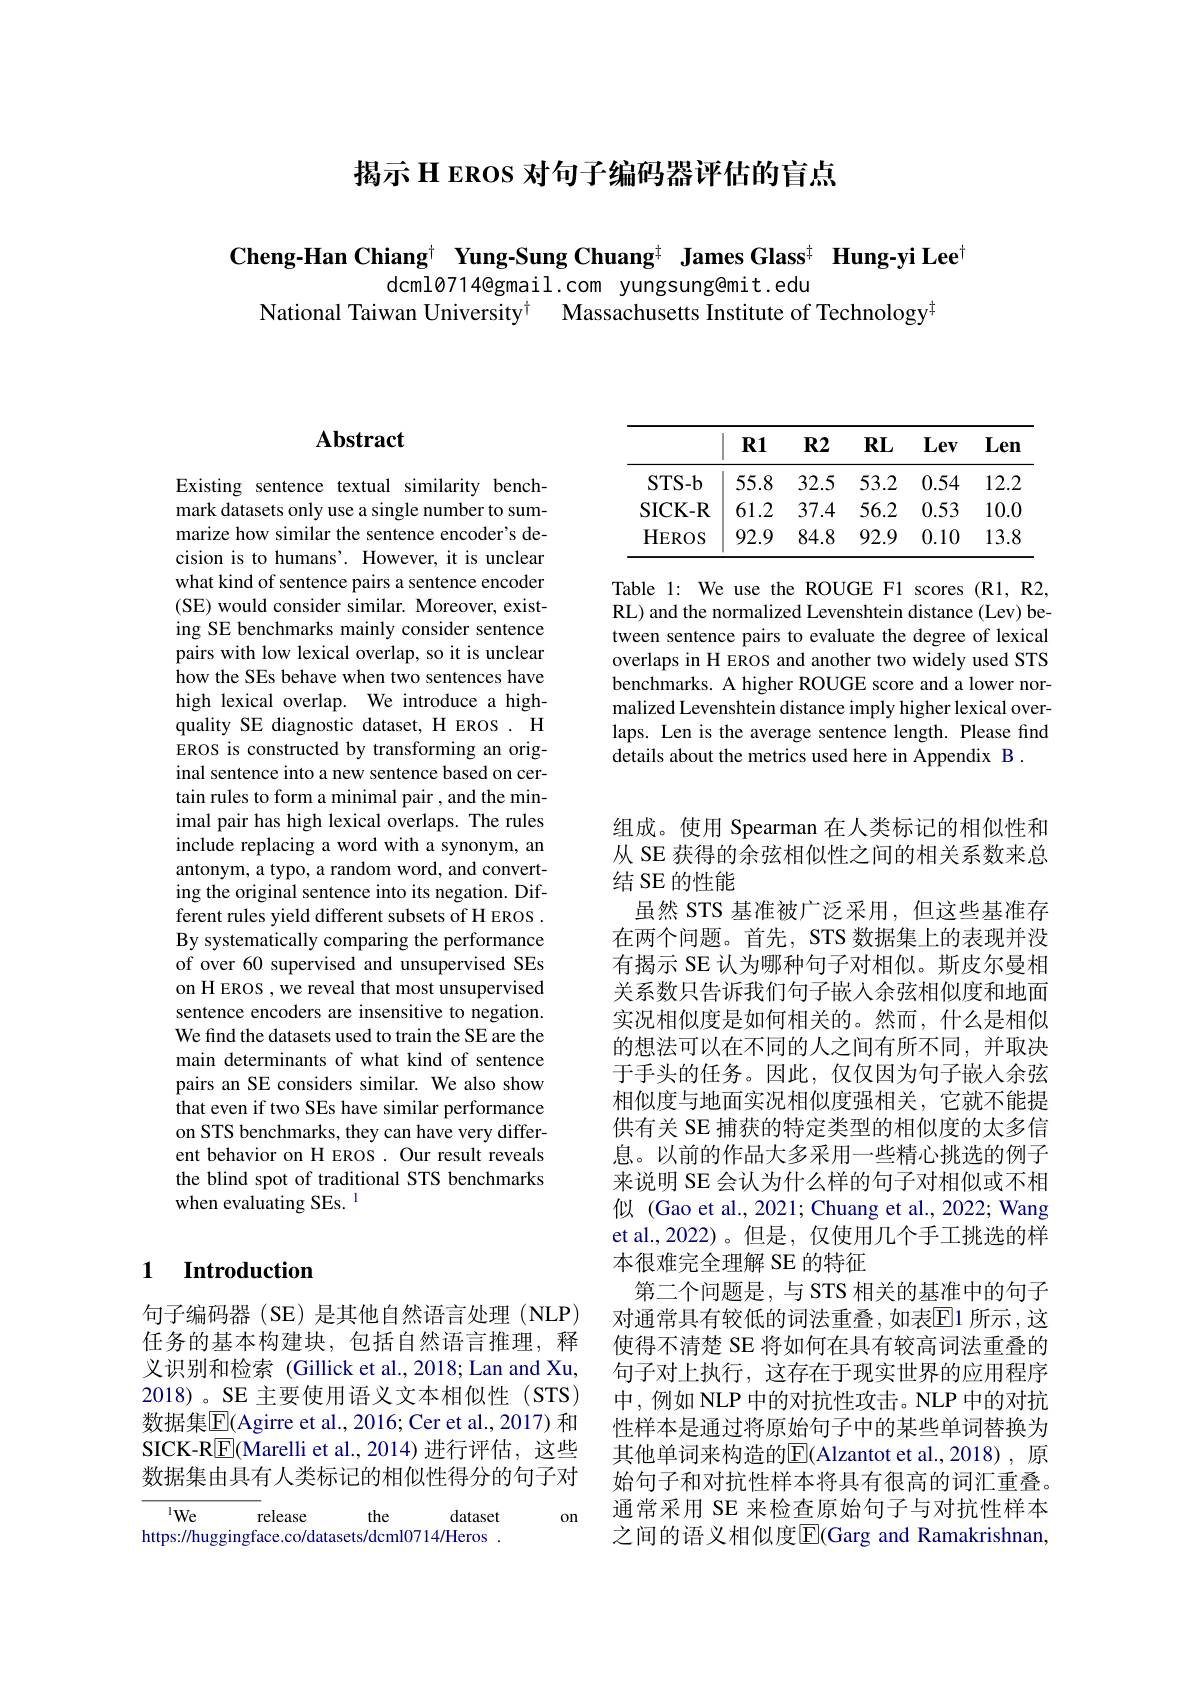
揭示 H EROS 对句子编码器评估的盲点

Cheng-Han Chiang$^\dagger\textbf{ Yung-Sung Chuang}^{\ddagger}\textbf{ James Glass}^{\ddagger}\textbf{ Hung-yi Lee}^{[\text{Cheng-Han Chiang}^{\dagger}\textbf{ Yung-Sung Chuang}^{\ddagger}\textbf{ James Glass}^{\ddagger}\textbf{ Hung-yi Lee}^{[\text{Cheng-Han Chiang}^{\dagger}\textbf{ Yung-Sung Chu}\mathbf{g}^{\#}\textbf{ James Glass}^{\ddagger}\textbf{ Hung-yi Lee}^{[\text{Cheng-Han Chiang}}}}$

dcml0714@gmail.com yungsung@mit.edu
National Taiwan University$^\dagger$ Massachusetts Institute of Technology$^{\#}$

## $\mathbf{Abstract}$

Existing sentence textual similarity benchmark datasets only use a single number to summarize how similar the sentence encoder's decision is to humans'. However, it is unclear what kind of sentence pairs a sentence encoder (SE) would consider similar. Moreover, existing SE benchmarks mainly consider sentence pairs with low lexical overlap, so it is unclear how the SEs behave when two sentences have high lexical overlap. We introduce a highquality SE diagnostic dataset, H EROS . H EROS is constructed by transforming an original sentence into a new sentence based on certain rules to form a minimal pair , and the minimal pair has high lexical overlaps. The rules include replacing a word with a synonym, an antonym, a typo, a random word, and converting the original sentence into its negation. Different rules yield different subsets of H EROS . By systematically comparing the performance of over 60 supervised and unsupervised SEs on H EROS , we reveal that most unsupervised sentence encoders are insensitive to negation. We find the datasets used to train the SE are the main determinants of what kind of sentence pairs an SE considers similar. We also show that even if two SEs have similar performance on STS benchmarks, they can have very different behavior on H EROS . Our result reveals the blind spot of traditional STS benchmarks when evaluating SEs. $^{\mathrm{l}}$

### 1 Introduction

句子编码器(SE)是其他自然语言处理(NLP) 任务的基本构建块，包括自然语言推理，释义识别和检索 (Gillick et al., 2018; Lan and Xu, 2018)。SE 主要使用语义文本相似性(STS) 数据集$\boxed{\mathrm{F}}($Agirre et al., 2016; Cer et al., 2017) 和SICK-R$\boxed{\mathrm{F}}($Marelli et al.,2014)进行评估，这些数据集由具有人类标记的相似性得分的句子对

on

${\overline{^{1}We}}$
release
the
dataset
https://huggingface.co/datasets/dcml0714/Heros .

<table>
	<tbody>
		<tr>
			<th> </th>
			<th>$\mathbf{R1}$</th>
			<th>$\mathbf{R2}$</th>
			<th>$\mathbf{RL}$</th>
			<th>Lev</th>
			<th>Len</th>
		</tr>
		<tr>
			<td>STS- b</td>
			<td>55.8</td>
			<td>32.5</td>
			<td>53.2</td>
			<td>0.54</td>
			<td>12.2</td>
		</tr>
		<tr>
			<td>SICK- R</td>
			<td>61.2</td>
			<td>37.4</td>
			<td>56.2</td>
			<td>0.53</td>
			<td>10.0</td>
		</tr>
		<tr>
			<td>HEROS</td>
			<td>92.9</td>
			<td>84.8</td>
			<td>92.9</td>
			<td>0.10</td>
			<td>13.8</td>
		</tr>
	</tbody>
</table>

Table 1: We use the ROUGE F1 scores (R1,R2, RL) and the normalized Levenshtein distance (Lev) between sentence pairs to evaluate the degree of lexical overlaps in H EROS and another two widely used STS benchmarks. A higher ROUGE score and a lower normalized Levenshtein distance imply higher lexical overlaps. Len is the average sentence length. Please find details about the metrics used here in Appendix B .

组成。使用 Spearman 在人类标记的相似性和从 SE 获得的余弦相似性之间的相关系数来总结 SE 的性能
虽然 STS 基准被广泛采用，但这些基准存在两个问题。首先，STS 数据集上的表现并没有揭示 SE 认为哪种句子对相似。斯皮尔曼相关系数只告诉我们句子嵌人余弦相似度和地面实况相似度是如何相关的。然而，什么是相似的想法可以在不同的人之间有所不同，并取决于手头的任务。因此，仅仅因为句子嵌入余弦相似度与地面实况相似度强相关，它就不能提供有关 SE 捕获的特定类型的相似度的太多信息。以前的作品大多采用一些精心挑选的例子来说明 SE 会认为什么样的句子对相似或不相似 (Gao et al., 2021; Chuang et al., 2022; Wang et al.,2022)。但是，仅使用几个手工挑选的样本很难完全理解 SE 的特征
第二个问题是，与 STS 相关的基准中的句子对通常具有较低的词法重叠，如表回1 所示 ,这使得不清楚 SE 将如何在具有较高词法重叠的句子对上执行，这存在于现实世界的应用程序中，例如 NLP 中的对抗性攻击。NLP 中的对抗性样本是通过将原始句子中的某些单词替换为其他单词来构造的$\overline{\mathrm{E}}($Alzantot et al.,2018),原始句子和对抗性样本将具有很高的词汇重叠。通常采用 SE 来检查原始句子与对抗性样本之间的语义相似度$\overline{\mathrm{E}}$(Garg and Ramakrishnan,